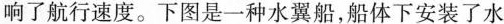
响了航行速度。下图是一种水翼船，船体下安装了水